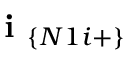
\textbf { i } _ { \{ N 1 i + \} }